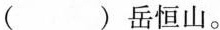
()岳恒山。